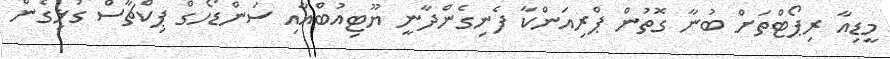
މީޑިއާ ރިޕޯޓްތަށް ބުނާ ގޮތުން ޕްރިއަންކާ ފެނިގެންދާނީ ޔޫޓިއުބްއާއި ސަންޑޯހގް ޕިކްޗާސް ގުޅިގެން